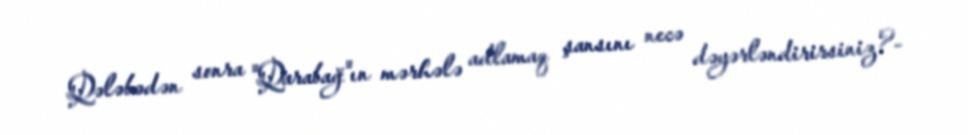
Qələbədən sonra "Qarabağ"ın mərhələ adlamaq şansını necə dəyərləndirirsiniz?-